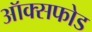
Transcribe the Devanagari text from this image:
ऑक्सफोड